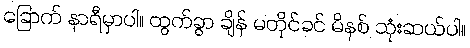
ခြောက် နာရီမှာပါ။ ထွက်ခွာ ချိန် မတိုင်ခင် မိနစ် သုံးဆယ်ပါ။